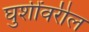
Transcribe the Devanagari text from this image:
घुशींवरील